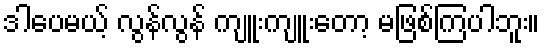
ဒါပေမယ့် လွန်လွန် ကျူးကျူးတော့ မဖြစ်ကြပါဘူး။